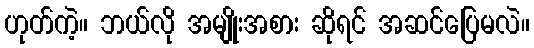
ဟုတ်ကဲ့။ ဘယ်လို အမျိုးအစား ဆိုရင် အဆင်ပြေမလဲ။